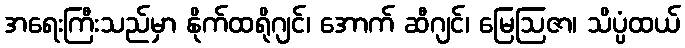
အရေးကြီးသည်မှာ နိုက်ထရိုဂျင်၊ အောက် ဆီဂျင်၊ မြေဩဇာ၊ သိပ္ပံထယ်